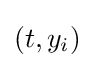
\left(t,y_{i}\right)